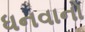
ધનવાનો